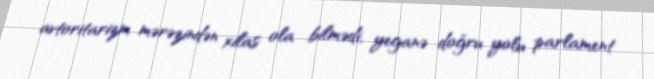
avtoritarizm mərəzindən xilas ola bilmədi, yeganə doğru yolu parlament